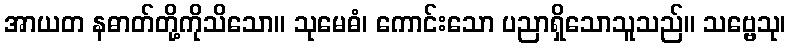
အာယတ နဓာတ်တို့ကိုသိသော။ သုမေဓံ၊ ကောင်းသော ပညာရှိသောသူသည်။ သဗ္ဗေသု၊